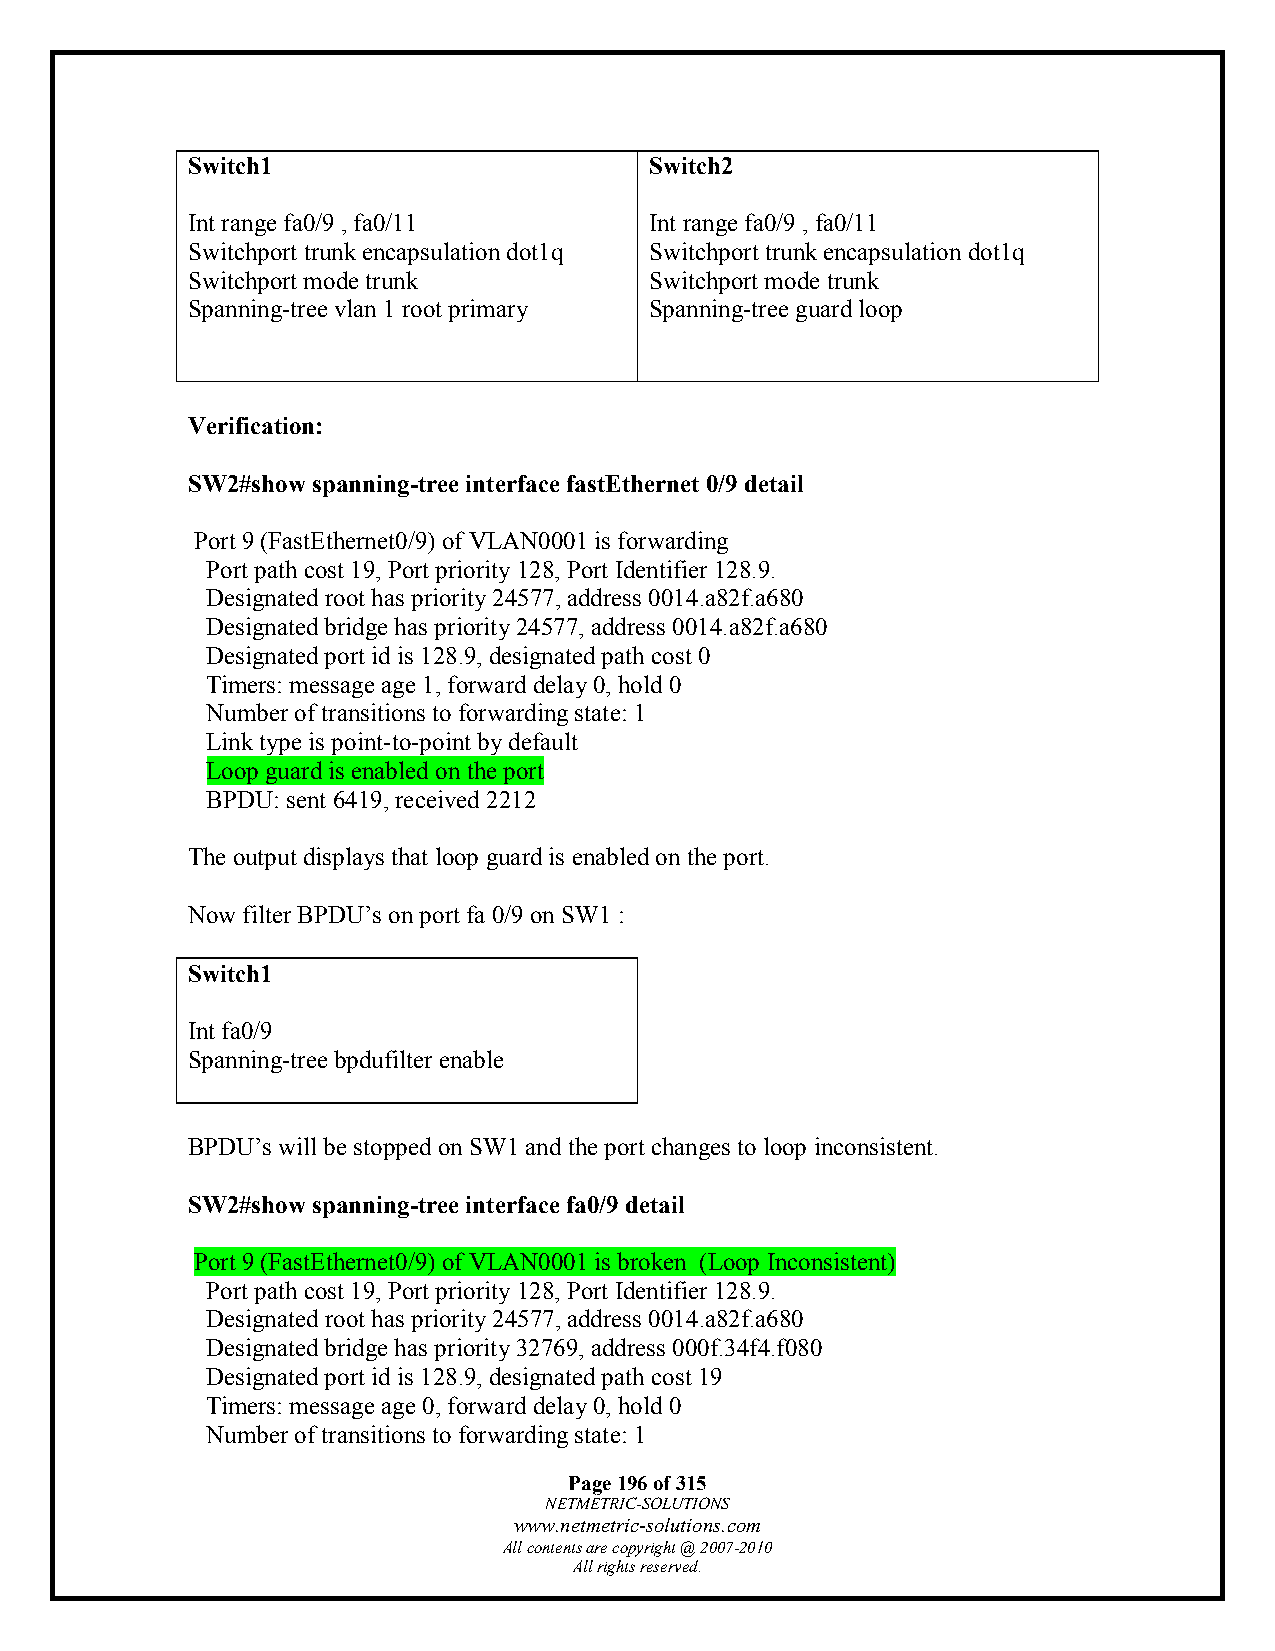
Switch1                        Switch2
 Int range fa0/9 , fa0/11       Int range fa0/9 , fa0/11
 Switchport trunk encapsulation dot1q Switchport trunk encapsulation dot1q
 Switchport mode trunk          Switchport mode trunk
 Spanning-tree vlan 1 root primary Spanning-tree guard loop
 Verification:
 SW2#show spanning-tree interface fastEthernet 0/9 detail
 Port 9 (FastEthernet0/9) of VLAN0001 is forwarding
 Port path cost 19, Port priority 128, Port Identifier 128.9.
 Designated root has priority 24577, address 0014.a82f.a680
 Designated bridge has priority 24577, address 0014.a82f.a680
 Designated port id is 128.9, designated path cost 0
 Timers: message age 1, forward delay 0, hold 0
 Number of transitions to forwarding state: 1
 Link type is point-to-point by default
 Loop guard is enabled on the port
 BPDU: sent 6419, received 2212
 The output displays that loop guard is enabled on the port.
 Now filter BPDU’s on port fa 0/9 on SW1 :
 Switch1
 Int fa0/9
 Spanning-tree bpdufilter enable
 BPDU’s will be stopped on SW1 and the port changes to loop inconsistent.
 SW2#show spanning-tree interface fa0/9 detail
 Port 9 (FastEthernet0/9) of VLAN0001 is broken (Loop Inconsistent)
 Port path cost 19, Port priority 128, Port Identifier 128.9.
 Designated root has priority 24577, address 0014.a82f.a680
 Designated bridge has priority 32769, address 000f.34f4.f080
 Designated port id is 128.9, designated path cost 19
 Timers: message age 0, forward delay 0, hold 0
 Number of transitions to forwarding state: 1
 Page 196 of 315
 NETMETRIC-SOLUTIONS
 www.netmetric-solutions.com
 All contents are copyright @ 2007-2010
 All rights reserved.